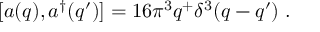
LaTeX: [ a ( q ) , a ^ { \dagger } ( q ^ { \prime } ) ] = 1 6 \pi ^ { 3 } q ^ { + } \delta ^ { 3 } ( q - q ^ { \prime } ) \; .